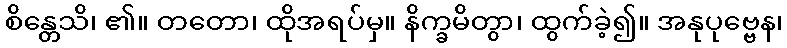
စိန္တေသိ၊ ၏။ တတော၊ ထိုအရပ်မှ။ နိက္ခမိတွာ၊ ထွက်ခဲ့၍။ အနုပုဗ္ဗေန၊